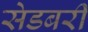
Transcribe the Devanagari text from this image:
सेडबरी